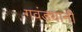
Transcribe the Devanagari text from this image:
गवंड्यांनी